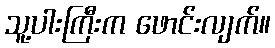
သူ့ပါးကြီးက ဖောင်းလျက်။